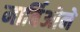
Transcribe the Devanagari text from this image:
मार्चिओने